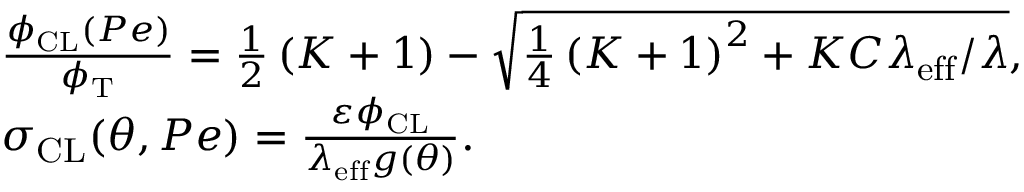
\begin{array} { r } { \begin{array} { r l } & { \frac { \phi _ { \mathrm { C L } } ( P e ) } { \phi _ { \mathrm { T } } } = \frac { 1 } { 2 } \left( K + 1 \right) - \sqrt { \frac { 1 } { 4 } \left( K + 1 \right) ^ { 2 } + K C \lambda _ { \mathrm { e f f } } / \lambda } , } \\ & { \sigma _ { \mathrm { C L } } ( \theta , P e ) = \frac { \varepsilon \phi _ { \mathrm { C L } } } { \lambda _ { \mathrm { e f f } } g ( \theta ) } . } \end{array} } \end{array}